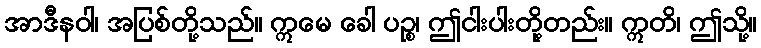
အာဒီနဝါ၊ အပြစ်တို့သည်။ ဣမေ ခေါ ပဉ္စ၊ ဤငါးပါးတို့တည်း။ ဣတိ၊ ဤသို့။